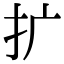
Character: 扩